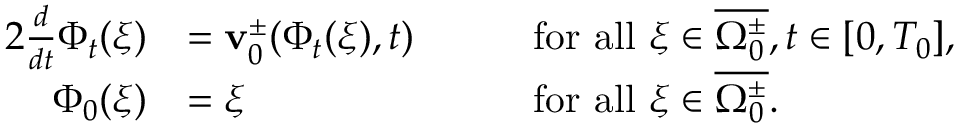
\begin{array} { r l r l } { { 2 } \frac { d } { d t } \Phi _ { t } ( \xi ) } & { = \mathbf { v } _ { 0 } ^ { \pm } ( \Phi _ { t } ( \xi ) , t ) } & { \quad } & { \mathrm { f o r ~ a l l ~ } \xi \in \overline { { \Omega _ { 0 } ^ { \pm } } } , t \in [ 0 , T _ { 0 } ] , } \\ { \Phi _ { 0 } ( \xi ) } & { = \xi } & { \quad } & { \mathrm { f o r ~ a l l ~ } \xi \in \overline { { \Omega _ { 0 } ^ { \pm } } } . } \end{array}